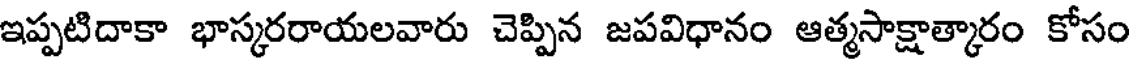
ఇప్పటిదాకా భాస్కరరాయలవారు చెప్పిన జపవిధానం ఆత్మసాక్షాత్కారం కోసం